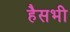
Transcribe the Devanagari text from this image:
हैसभी